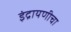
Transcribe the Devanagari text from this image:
इंद्रायणीचा